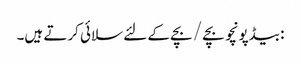
: بیڈپونچو بچے / بچے کے لئے سلائی کرتے ہیں۔